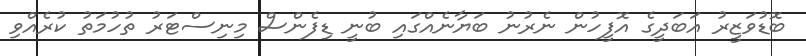
ބޮޑުވަޒީރު އަބަދީގެ އޮފީހުން ނެރުނު ބަޔާނެއްގައި ބުނީ ޑިފެންސް މިނިސްޓަރު ތުހުމަތު ކުރެއްވި